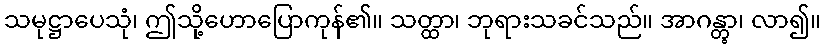
သမုဋ္ဌာပေသုံ၊ ဤသို့ဟောပြောကုန်၏။ သတ္ထာ၊ ဘုရားသခင်သည်။ အာဂန္တွာ၊ လာ၍။